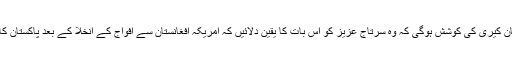
ان کا مزید کہنا تھا کہ جان کیری کی کوشش ہوگی کہ وہ سرتاج عزیز کو اس بات کا یقین دلائیں کہ امریکہ افغانستان سے افواج کے انخلا کے بعد پاکستان کا ساتھ نہیں چھوڑ دے گا۔